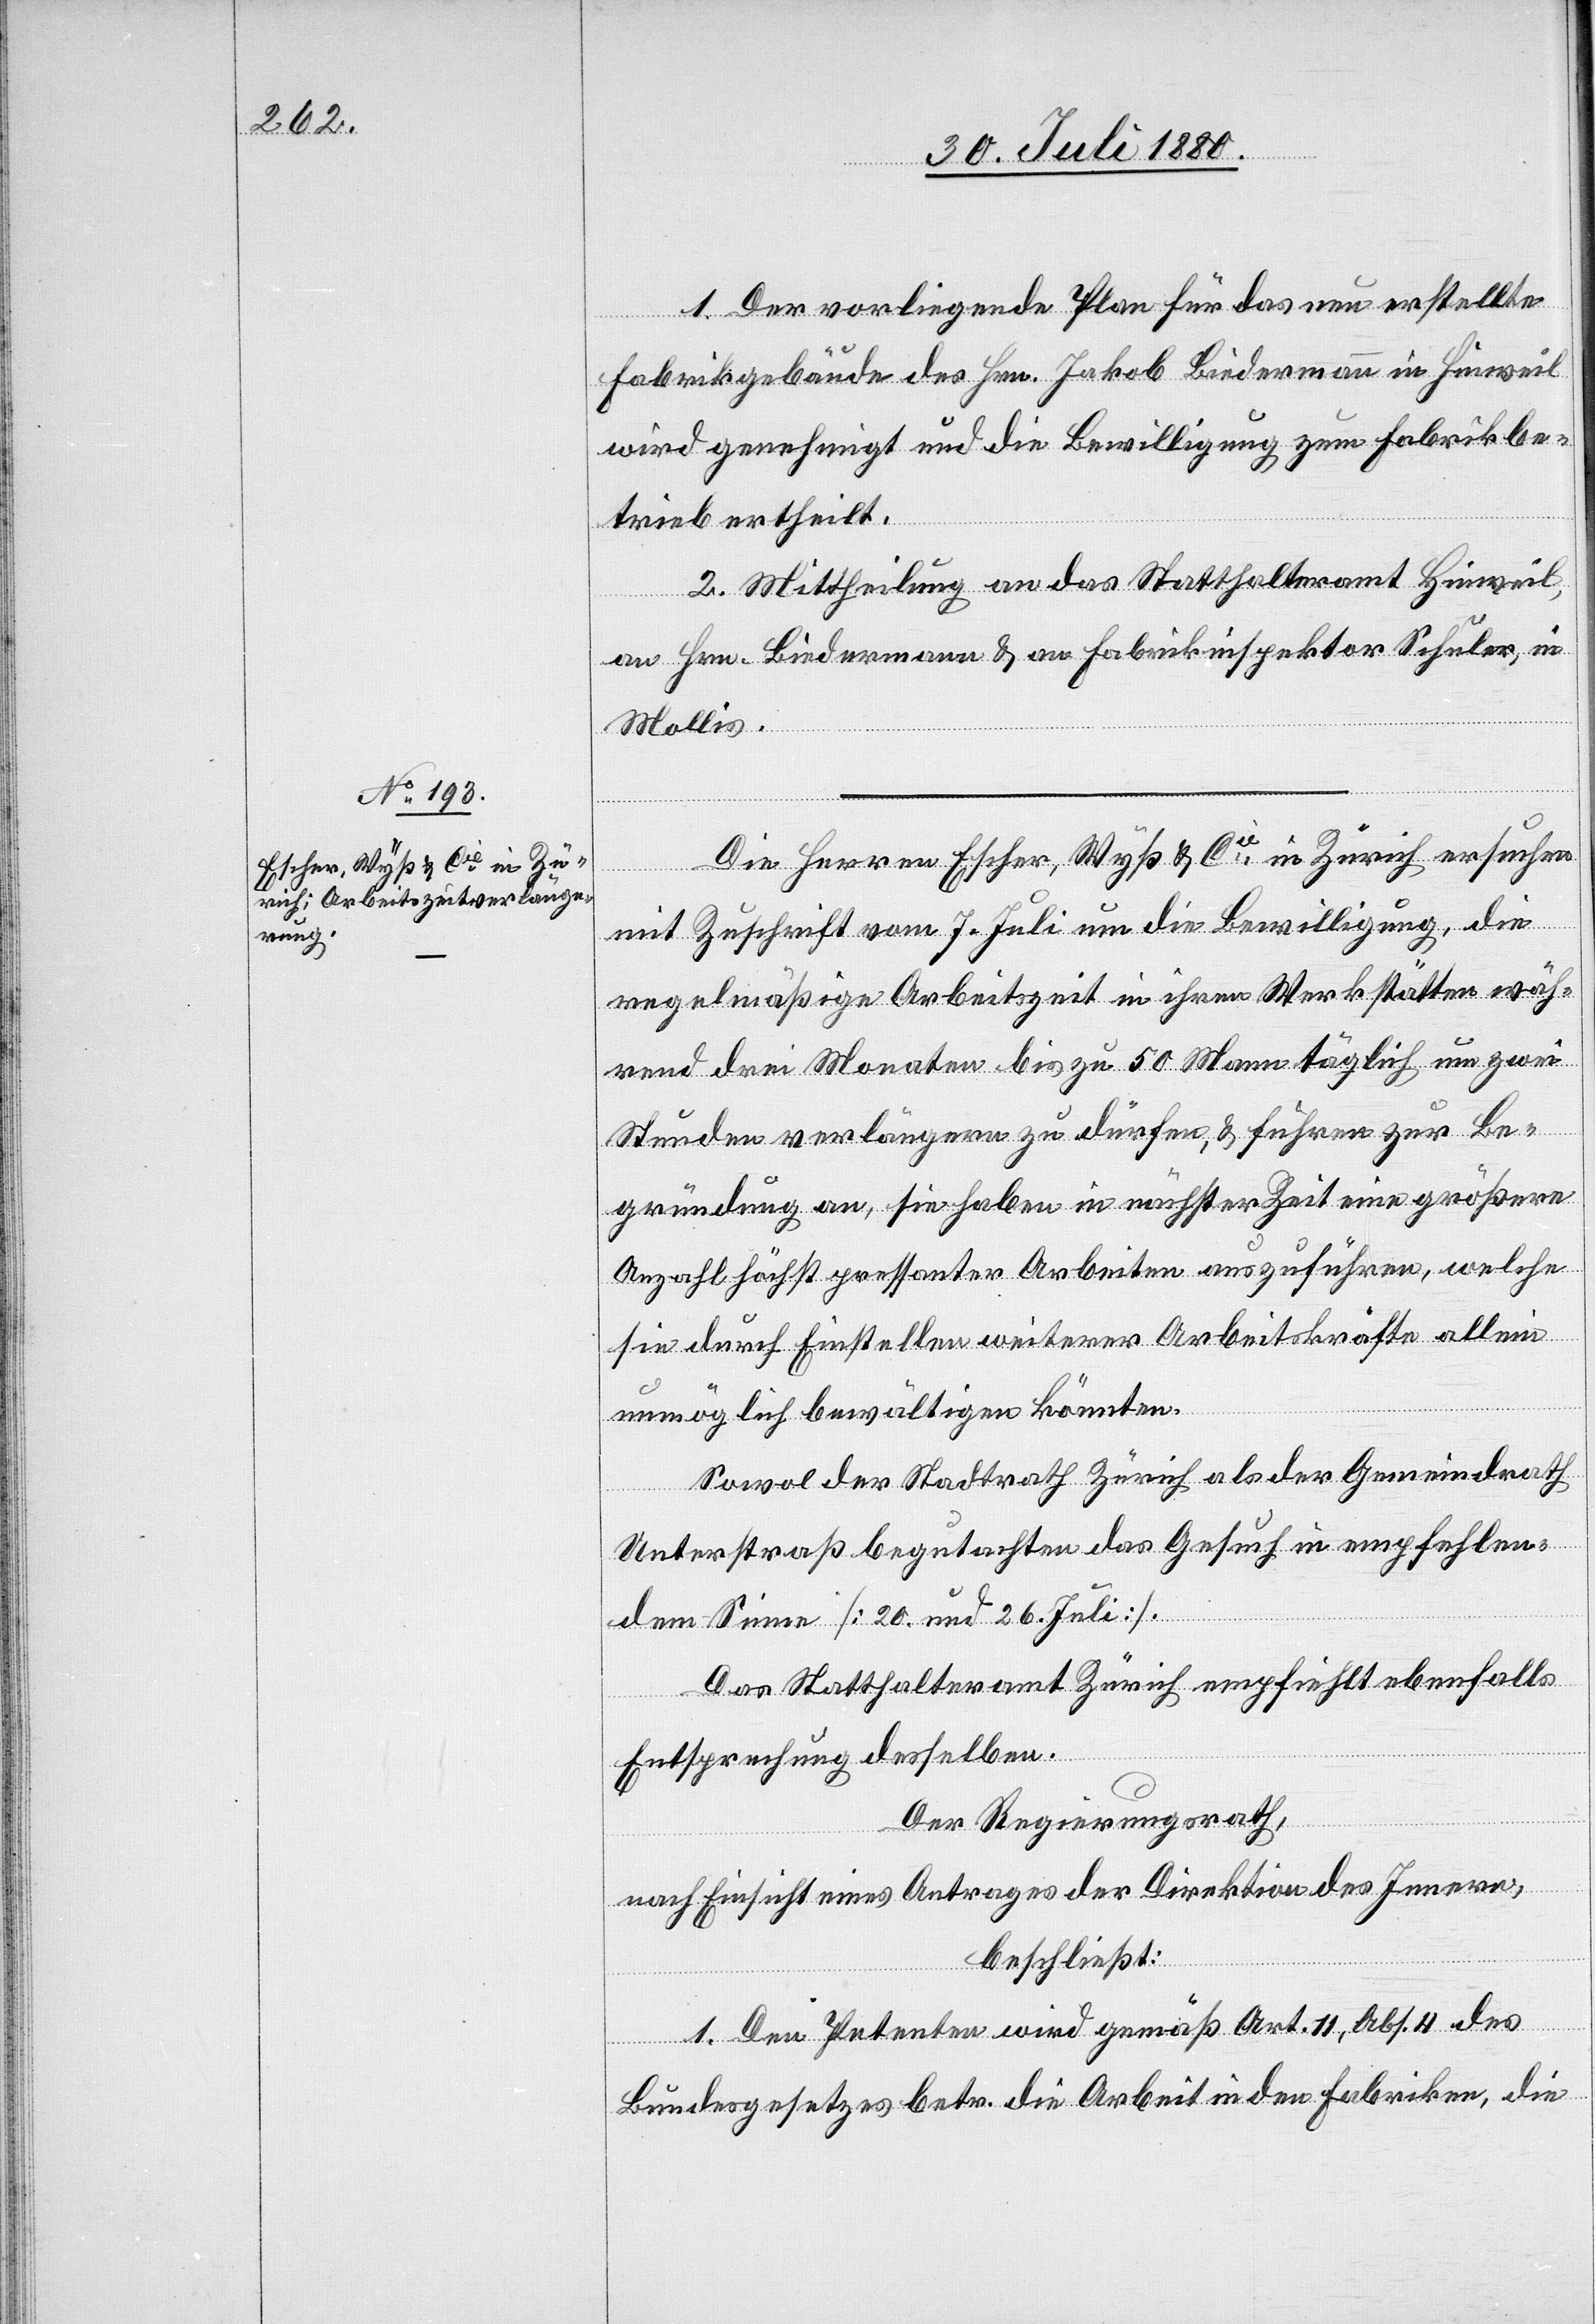
1. Der vorliegende Plan für das neu erstellte
Fabrikgebäude des Hrn. Jakob Biedermann in Hinweil
wird genehmigt und die Bewilligung zu Fabrikbe¬
trieb ertheilt.
2. Mittheilung an das Statthalteramt Hinweil,
an Hrn. Biedermann & an Fabrikinspektor Schuler, in
Mollis.
Die Herren Escher, Wyss & Cie in Zürich ersuchen
mit Zuschrift vom 7. Juli um die Bewilligung, die
regelmäßige Arbeitszeit in ihren Werkstätten wäh¬
rend drei Monaten bis zu 50 Mann täglich um zwei
Stunden verlängern zu dürfen & führen zur Be¬
gründung an sie haben in nächster Zeit eine größere
Anzahl höchst pressanter Arbeiten auszuführen, welche
sie durch Einstellen weiterer Arbeitskräfte allein
unmöglich bewältigen könnten.
Sowol der Stadtrath Zürich als der Gemeindrath
Unterstraß begutachten das Gesuch in empfehlen¬
dem Sinne [20. und 26. Juli].
Das Statthalteramt Zürich empfiehlt ebenfalls
Entsprechung desselben.
Der Regierungsrath,
nach Einsicht eines Antrages der Direktion des Innern,
beschließt:
1. Den Petenten wird gemäß Art. 11, Abs. 4 des
Bundesgesetzes betr. die Arbeit in den Fabriken, die